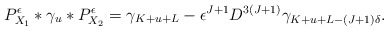
\begin{align*}P_{X_1}^{\epsilon}*\gamma_u*P_{X_2}^{\epsilon}=\gamma_{K+u+L}-\epsilon^{J+1}D^{3(J+1)}\gamma_{K+u+L-(J+1)\delta}.\end{align*}